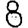
Digit: 8